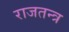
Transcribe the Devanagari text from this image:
राजतन्‍त्र